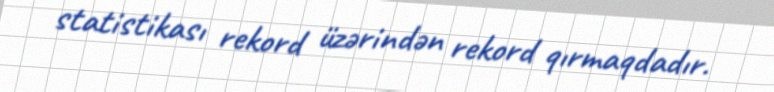
statistikası rekord üzərindən rekord qırmaqdadır.